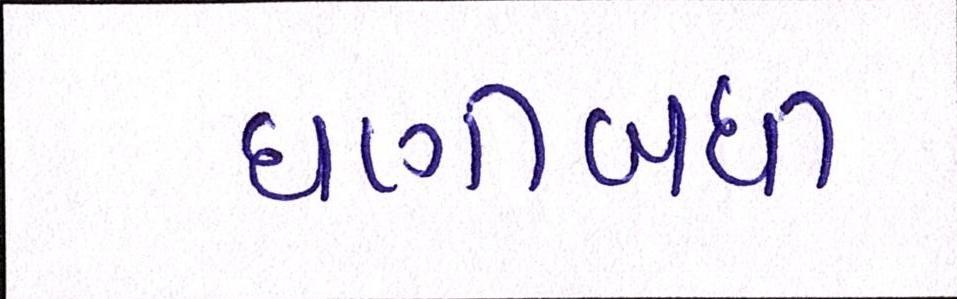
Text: ઘણીબધી